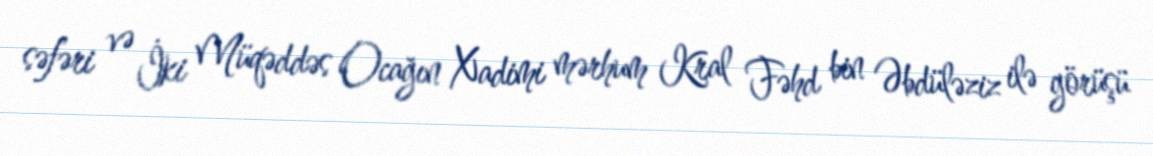
səfəri və İki Müqəddəs Ocağın Xadimi mərhum Kral Fəhd bin Əbdüləziz ilə görüşü